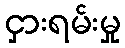
ငှားရမ်းမှု